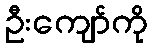
ဦးကျော်ကို